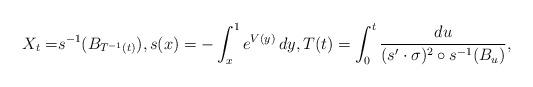
LaTeX: \begin{align*}X_t=& s^{-1}(B_{T^{-1}(t)}), s(x)=-\int_{x}^1 e^{V(y)}\, dy ,T(t)=\int_{0}^t \frac{du}{(s'\cdot \sigma)^2\circ s^{-1}(B_u)},\end{align*}